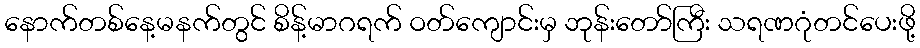
နောက်တစ်နေ့မနက်တွင် စိန့်မာဂရက် ဝတ်ကျောင်းမှ ဘုန်းတော်ကြီး သရဏဂုံတင်ပေးဖို့